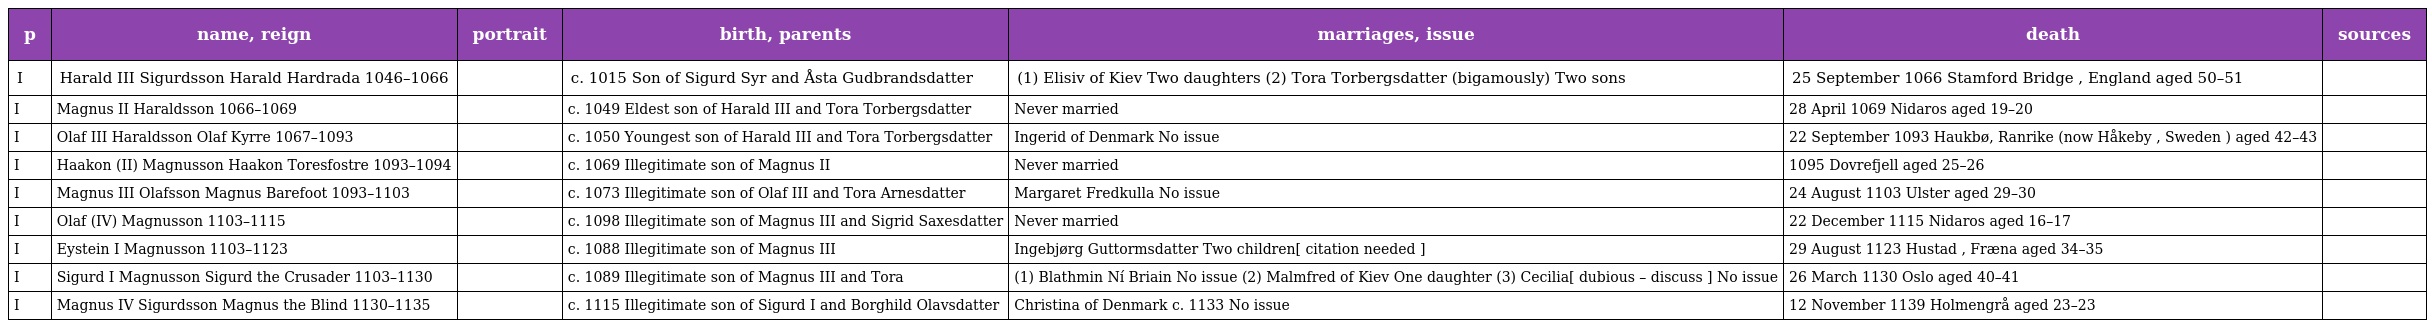
| p | name, reign | portrait | birth, parents | marriages, issue | death | sources |
 | --- | --- | --- | --- | --- | --- | --- |
 | I | Harald III Sigurdsson Harald Hardrada 1046–1066 |  | c. 1015 Son of Sigurd Syr and Åsta Gudbrandsdatter | (1) Elisiv of Kiev Two daughters (2) Tora Torbergsdatter (bigamously) Two sons | 25 September 1066 Stamford Bridge , England aged 50–51 |  |
 | I | Magnus II Haraldsson 1066–1069 |  | c. 1049 Eldest son of Harald III and Tora Torbergsdatter | Never married | 28 April 1069 Nidaros aged 19–20 |  |
 | I | Olaf III Haraldsson Olaf Kyrre 1067–1093 |  | c. 1050 Youngest son of Harald III and Tora Torbergsdatter | Ingerid of Denmark No issue | 22 September 1093 Haukbø, Ranrike (now Håkeby , Sweden ) aged 42–43 |  |
 | I | Haakon (II) Magnusson Haakon Toresfostre 1093–1094 |  | c. 1069 Illegitimate son of Magnus II | Never married | 1095 Dovrefjell aged 25–26 |  |
 | I | Magnus III Olafsson Magnus Barefoot 1093–1103 |  | c. 1073 Illegitimate son of Olaf III and Tora Arnesdatter | Margaret Fredkulla No issue | 24 August 1103 Ulster aged 29–30 |  |
 | I | Olaf (IV) Magnusson 1103–1115 |  | c. 1098 Illegitimate son of Magnus III and Sigrid Saxesdatter | Never married | 22 December 1115 Nidaros aged 16–17 |  |
 | I | Eystein I Magnusson 1103–1123 |  | c. 1088 Illegitimate son of Magnus III | Ingebjørg Guttormsdatter Two children[ citation needed ] | 29 August 1123 Hustad , Fræna aged 34–35 |  |
 | I | Sigurd I Magnusson Sigurd the Crusader 1103–1130 |  | c. 1089 Illegitimate son of Magnus III and Tora | (1) Blathmin Ní Briain No issue (2) Malmfred of Kiev One daughter (3) Cecilia[ dubious – discuss ] No issue | 26 March 1130 Oslo aged 40–41 |  |
 | I | Magnus IV Sigurdsson Magnus the Blind 1130–1135 |  | c. 1115 Illegitimate son of Sigurd I and Borghild Olavsdatter | Christina of Denmark c. 1133 No issue | 12 November 1139 Holmengrå aged 23–23 |  |